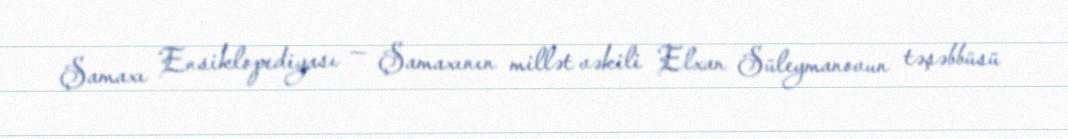
Şamaxı Ensiklopediyası — Şamaxının millət vəkili Elxan Süleymanovun təşəbbüsü